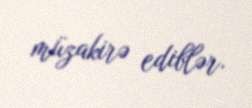
müzakirə ediblər.